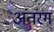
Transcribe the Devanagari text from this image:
अंतंरग